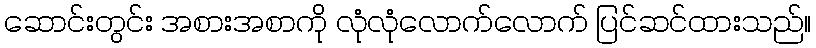
ဆောင်းတွင်း အစားအစာကို လုံလုံလောက်လောက် ပြင်ဆင်ထားသည်။